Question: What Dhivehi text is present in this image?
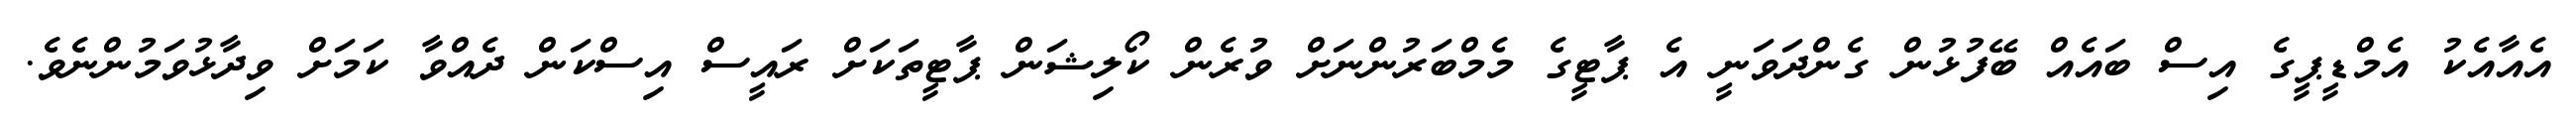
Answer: އެއާއެކު އެމްޑީޕީގެ އިސް ބައެއް ބޭފުޅުން ގެންދަވަނީ އެ ޕާޓީގެ މެމްބަރުންނަށް ވުރެން ކޯލިޝަން ޕާޓީތަކަށް ރައީސް އިސްކަން ދެއްވާ ކަމަށް ވިދާޅުވަމުންނެވެ.